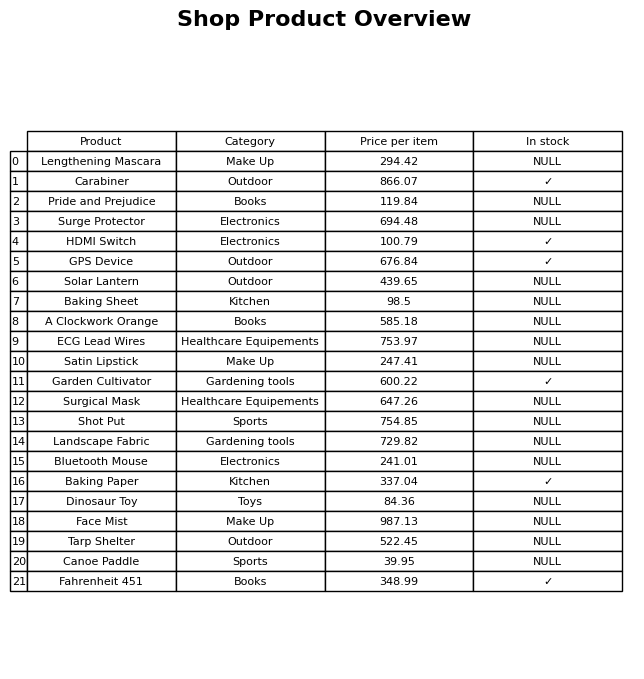
question: Is the Solar Lantern in stock?
answer: NULL